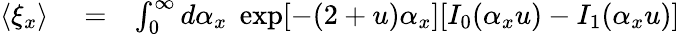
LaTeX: \begin{array}{rlr}{\langle\xi_{x}\rangle}&{{}=}&{\int_{0}^{\infty}d\alpha_{x}\; \exp[-(2+u)\alpha_{x}][I_{0}(\alpha_{x}u)-I_{1}(\alpha_{x}u)]}\end{array}